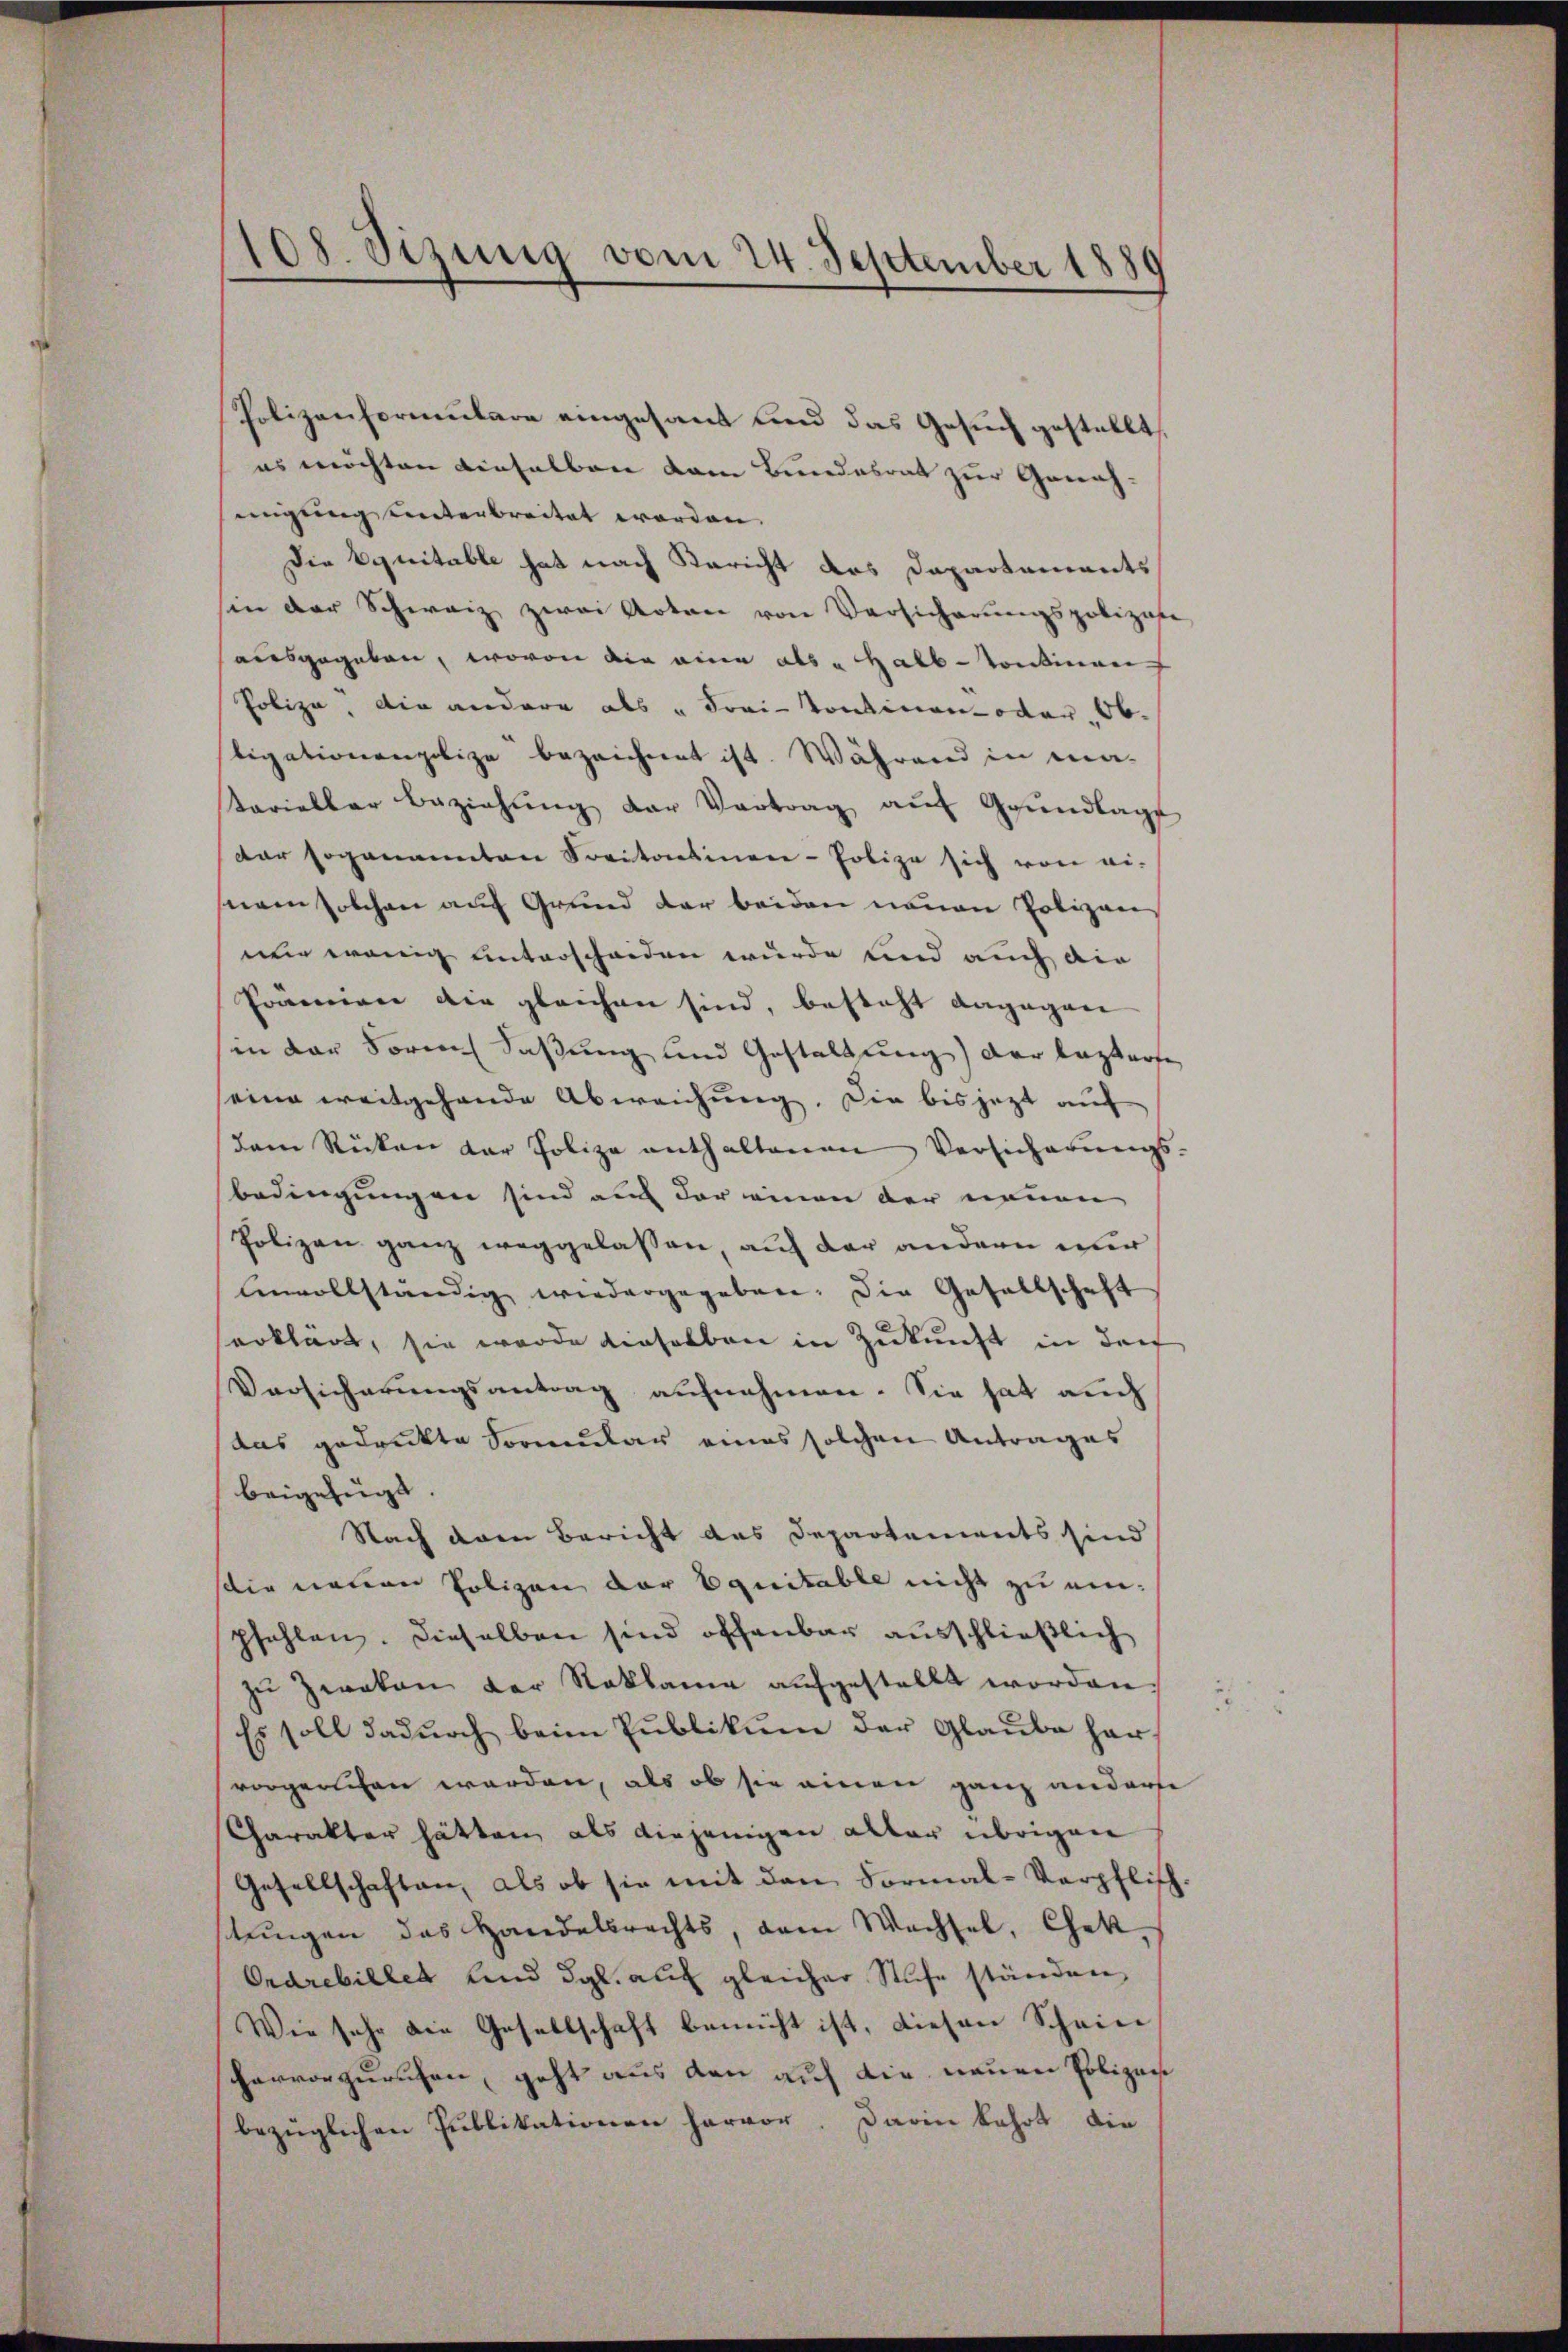
Polizenformulare eingesant und das Gesuch gestellt,
es möchten dieselben dem Bundesrat zur Gewahmigung unterbreitet worden.
Die Equitable hat nach Bericht des Dapartements
sen der Schweiz zwei Arten von Versicherŭngspolizase
ausgegeben, wovon die eine als „Halb-Continen
Polize, die andere als „Frei-Kontinenmoder, Ob.
ligationenpolize bezeichnet ist. Während in ma-
tarieller Beziehŭng der Vertrag aŭf Grŭndlage
dar sogenannten Spritosinen-Polize sich von ei-
nem solchen auf Grund der beiden neuen Polizen
wie wenig unterscheiden würde und auch dir
Prämien die gleichen sind, besteht dagegen
in der Formes Faßung und Gestaltung der leztere
eine weitgehende Abweichung. Die bis jezt auf
dam Rücken der Polize enthaltenen Versicherŭngs-
bedingungen sind auch der einen der neuen
Polizen ganz weggelassen, auf der andern nur
Unvollständig wiedergegeben. Die Gesellschaft
serklärt, sie wurde dieselben in Zukunft in der
Versicherungsantrag aufnehmen. Sie hat auch
das gedrukte Formular eines solchen Antrages
beigefügt.
Nach den Bericht des Departements sind
die neuen Polizen der Equitable nicht zu einpfehlen. Dieselben sind offenbar ausschließlich
zu Zweken der Reklame aufgestellt worden
Es soll dadurch beim Publikum der Glaube har-
vorgerichen werden, als ob sie einen ganz anderse
Charakter hätten, als diejenigen aller übrigen
Gesellschaften, als ob sie mit den Formal-Verpflich
stŭngen das Handelsrechts, dem Wachsel, Chek-
Ordrebillet und dgl. auf gleicher Stufe ständen,
Wie sehr die Gesellschaft bemüht ist, diesen Schein
hervorzurichen, geht aus den auf die neuen Polizeis
bezüglichen Publikationen hervor. Darin kehrt die

108. Sizung vom 24. September 1880